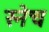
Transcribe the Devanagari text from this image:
स्नेच